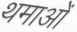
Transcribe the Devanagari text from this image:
थमाओं